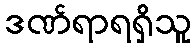
ဒဏ်ရာရရှိသူ